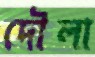
দৌলা